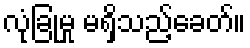
လုံခြုံမှု မရှိသည့်ခေတ်။